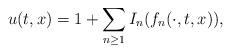
LaTeX: \begin{align*}u(t,x)=1+\sum_{n\geq 1}I_n(f_n(\cdot,t,x)),\end{align*}